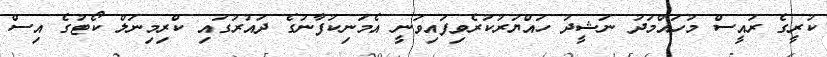
ކުރީގެ ރައީސް މުހައްމަދު ނަޝީދު ހައްޔަރުކުރެވިފައިވަނީ އެމަނިކުފާނުގެ ދައުރުގައި ކްރިމިނަލް ކޯޓުގެ އިސް